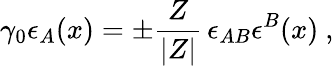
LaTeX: \gamma_{0}\epsilon_{A}(x)=\pm\frac{Z}{|Z|}\, \epsilon_{AB}\epsilon^{B}(x)\ ,